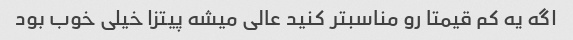
اگه یه کم قیمتا رو مناسبتر کنید عالی میشه پیتزا خیلی خوب بود